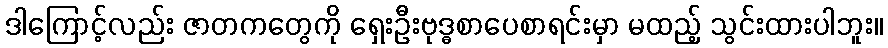
ဒါကြောင့်လည်း ဇာတကတွေကို ရှေးဦးဗုဒ္ဓစာပေစာရင်းမှာ မထည့် သွင်းထားပါဘူး။